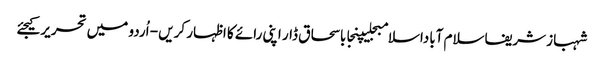
شہباز شریفاسلام آباداسلامبجلیپنجاباسحاق ڈار اپنی رائے کا اظہار کریں - اُردو میں تحریر کیجئے